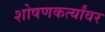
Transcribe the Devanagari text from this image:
शोषणकर्त्यांवर